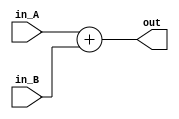
module adder(input [15:0] in_A, in_B, output [15:0] out);
	assign out = in_A + in_B;

//------------------------simulation-------------------------------//
	always @(*) begin
		$display("adder.v: in_A: : %2d", in_A);
		$display("adder.v: out: :  %2d\n", out);
	end
endmodule